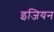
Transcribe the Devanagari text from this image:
इजियन